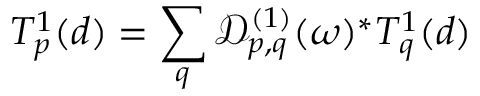
T _ { p } ^ { 1 } ( d ) = \sum _ { q } \mathcal { D } _ { p , q } ^ { ( 1 ) } ( \omega ) ^ { * } T _ { q } ^ { 1 } ( d )